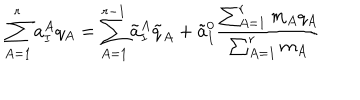
LaTeX: \sum _ { A = 1 } ^ { r } a _ { I } ^ { A } q _ { A } = \sum _ { A = 1 } ^ { r - 1 } \tilde { a } _ { I } ^ { A } \tilde { q } _ { A } + \tilde { a } _ { I } ^ { 0 } \frac { \sum _ { A = 1 } ^ { r } m _ { A } q _ { A } } { \sum _ { A = 1 } ^ { r } m _ { A } }